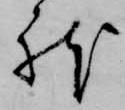
躰